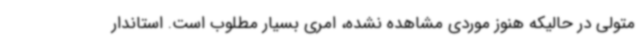
متولی در حالیکه هنوز موردی مشاهده نشده، امری بسیار مطلوب است. استاندار